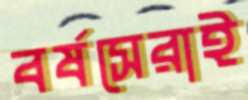
বর্ষসেরাই